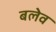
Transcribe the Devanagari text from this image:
बलेव